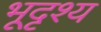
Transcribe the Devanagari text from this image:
भूदृश्‍य